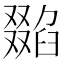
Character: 𠮌